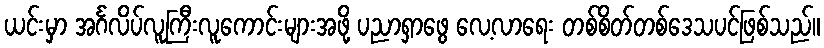
ယင်းမှာ အင်္ဂလိပ်လူကြီးလူကောင်းများအဖို့ ပညာရှာဖွေ လေ့လာရေး တစ်စိတ်တစ်ဒေသပင်ဖြစ်သည်။